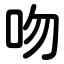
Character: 吻